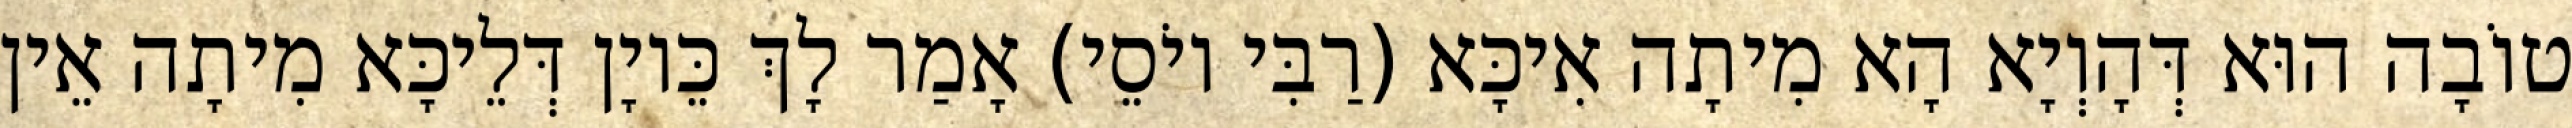
טוֹבָה הוּא דְּהָוְיָא הָא מִיתָה אִיכָּא (רַבִּי יוֹסֵי) אָמַר לָךְ כֵּיוָן דְּלֵיכָּא מִיתָה אֵין